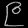
Digit: ၉